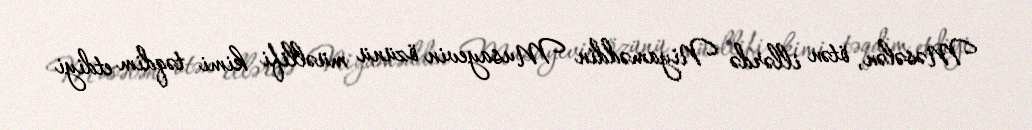
Məsələn, ötən illərdə Niyaməddin Musayevin özünü müəllifi kimi təqdim etdiyi